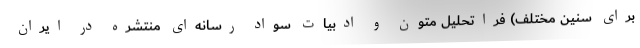
برای سنین مختلف) فراتحلیل متون و ادبیات سواد رسانه‌ای منتشره در ایران